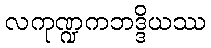
လကုဏ္ဍကဘဒ္ဒိယဿ